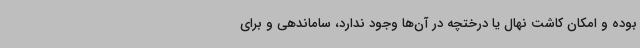
بوده و امکان کاشت نهال یا درختچه در آن‌ها وجود ندارد، ساماندهی و برای